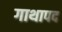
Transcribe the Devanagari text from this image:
गाथापद